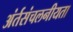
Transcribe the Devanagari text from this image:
अंर्तसंचलनीयता